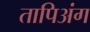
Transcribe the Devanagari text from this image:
तापिअंग